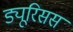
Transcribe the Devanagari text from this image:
ड्यूरिसस